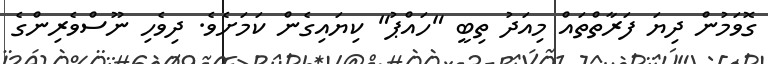
ގޮވަމުން ދިޔަ ފަރާތްތައް މިއަދު ތިބީ "ހައްޕު" ކިޔައިގެން ކަމަށެވެ. ދިވެހި ނޫސްވެރިންގެ